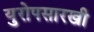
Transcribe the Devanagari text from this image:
युरोपसारखी